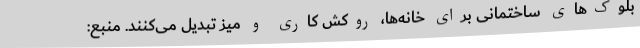
بلوک‌های ساختمانی برای خانه‌ها، روکش کاری و میز تبدیل می‌کنند. منبع: